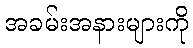
အခမ်းအနားများကို